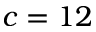
c = 1 2